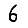
Digit: 6